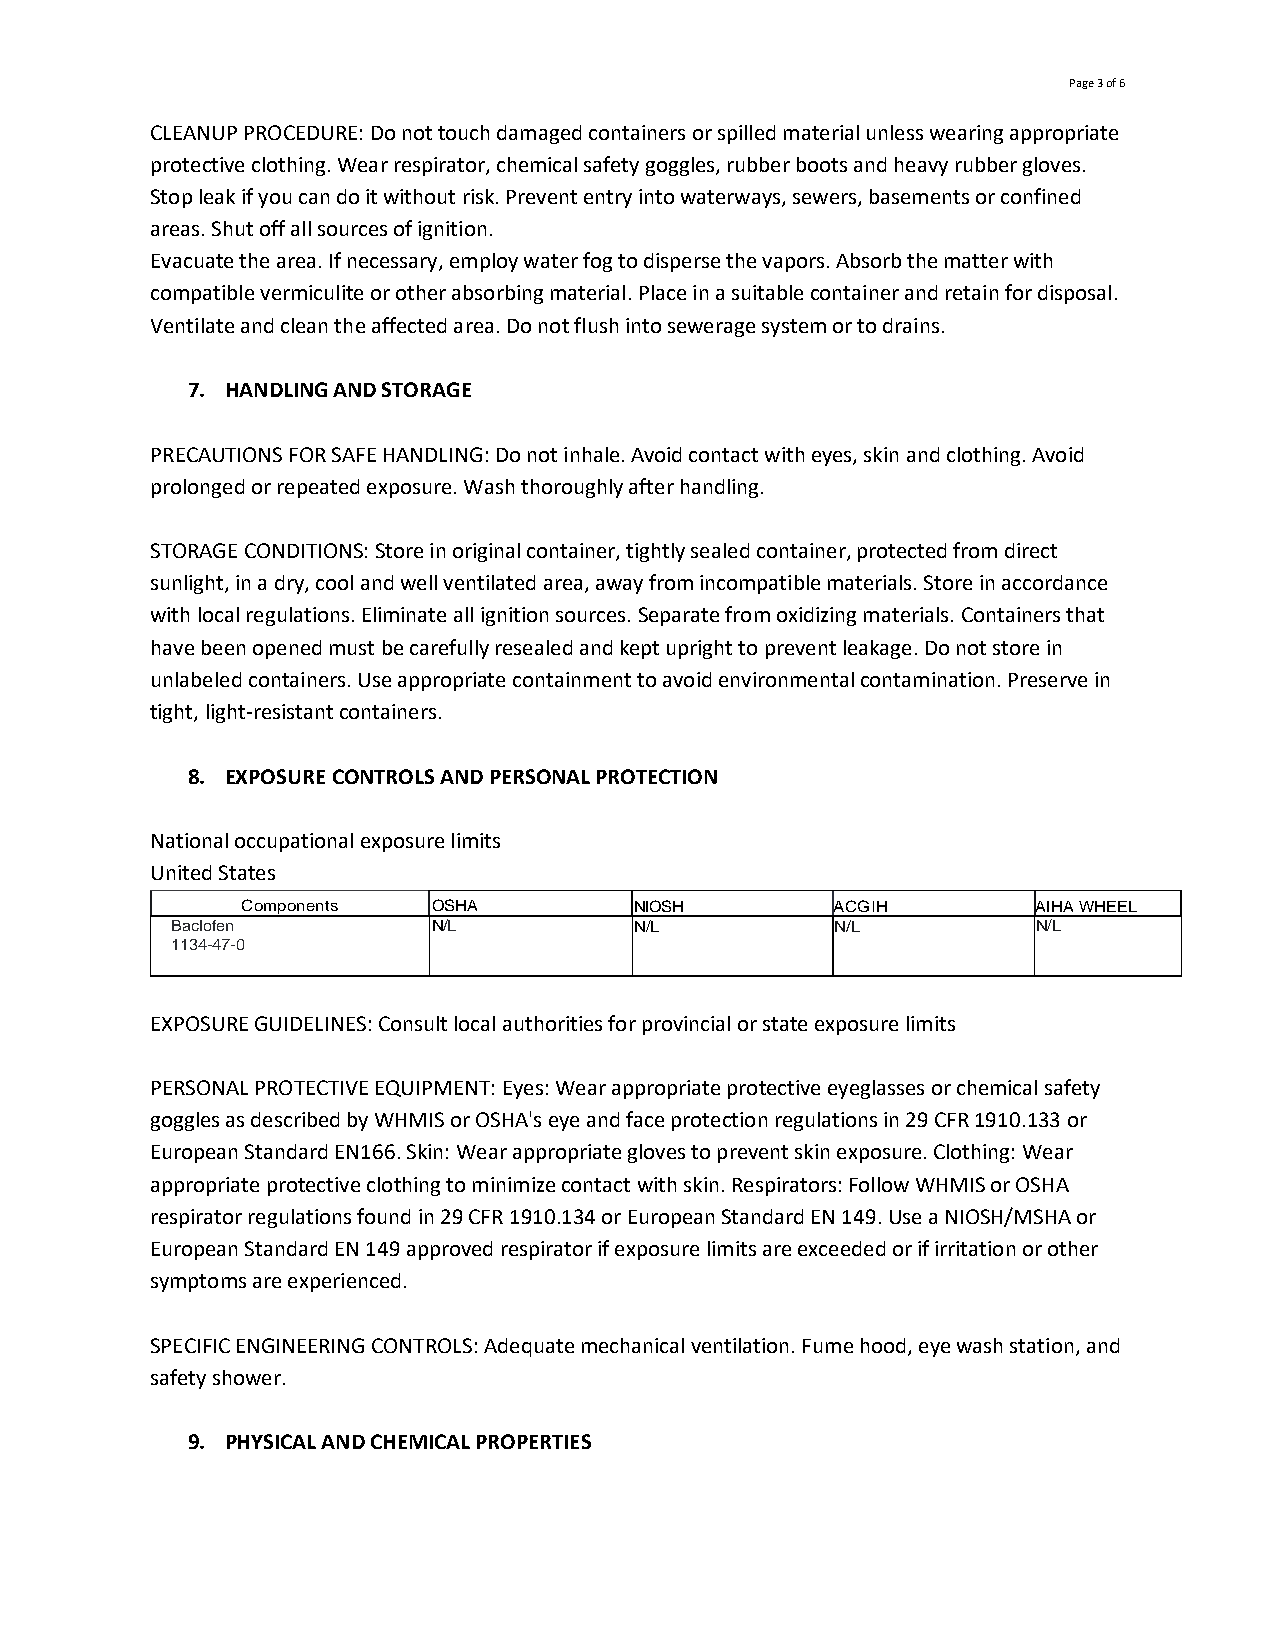
Page 3 of 6
 CLEANUP PROCEDURE: Do not touch damaged containers or spilled material unless wearing appropriate
 protective clothing. Wear respirator, chemical safety goggles, rubber boots and heavy rubber gloves.
 Stop leak if you can do it without risk. Prevent entry into waterways, sewers, basements or confined
 areas. Shut off all sources of ignition.
 Evacuate the area. If necessary, employ water fog to disperse the vapors. Absorb the matter with
 compatible vermiculite or other absorbing material. Place in a suitable container and retain for disposal.
 Ventilate and clean the affected area. Do not flush into sewerage system or to drains.
 7. HANDLING AND STORAGE
 PRECAUTIONS FOR SAFE HANDLING: Do not inhale. Avoid contact with eyes, skin and clothing. Avoid
 prolonged or repeated exposure. Wash thoroughly after handling.
 STORAGE CONDITIONS: Store in original container, tightly sealed container, protected from direct
 sunlight, in a dry, cool and well ventilated area, away from incompatible materials. Store in accordance
 with local regulations. Eliminate all ignition sources. Separate from oxidizing materials. Containers that
 have been opened must be carefully resealed and kept upright to prevent leakage. Do not store in
 unlabeled containers. Use appropriate containment to avoid environmental contamination. Preserve in
 tight, light-resistant containers.
 8. EXPOSURE CONTROLS AND PERSONAL PROTECTION
 National occupational exposure limits
 United States
 Components   OSHA         NIOSH        ACGIH         AIHA WHEEL
 Baclofen          N/L          N/L          N/L           N/L
 1134-47-0
 EXPOSURE GUIDELINES: Consult local authorities for provincial or state exposure limits
 PERSONAL PROTECTIVE EQUIPMENT: Eyes: Wear appropriate protective eyeglasses or chemical safety
 goggles as described by WHMIS or OSHA's eye and face protection regulations in 29 CFR 1910.133 or
 European Standard EN166. Skin: Wear appropriate gloves to prevent skin exposure. Clothing: Wear
 appropriate protective clothing to minimize contact with skin. Respirators: Follow WHMIS or OSHA
 respirator regulations found in 29 CFR 1910.134 or European Standard EN 149. Use a NIOSH/MSHA or
 European Standard EN 149 approved respirator if exposure limits are exceeded or if irritation or other
 symptoms are experienced.
 SPECIFIC ENGINEERING CONTROLS: Adequate mechanical ventilation. Fume hood, eye wash station, and
 safety shower.
 9. PHYSICAL AND CHEMICAL PROPERTIES